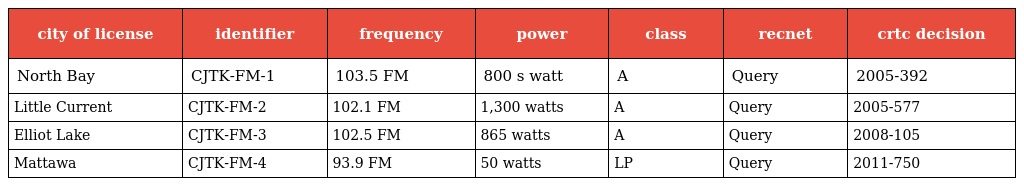
| city of license | identifier | frequency | power | class | recnet | crtc decision |
 | --- | --- | --- | --- | --- | --- | --- |
 | North Bay | CJTK-FM-1 | 103.5 FM | 800 s watt | A | Query | 2005-392 |
 | Little Current | CJTK-FM-2 | 102.1 FM | 1,300 watts | A | Query | 2005-577 |
 | Elliot Lake | CJTK-FM-3 | 102.5 FM | 865 watts | A | Query | 2008-105 |
 | Mattawa | CJTK-FM-4 | 93.9 FM | 50 watts | LP | Query | 2011-750 |